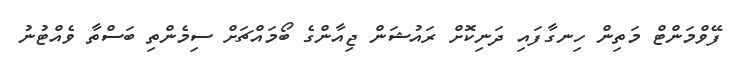
ފޭވްމަންޓް މަަތިން ހިނގާފައި ދަނިކޮށް ރައުޝަން ޖިއާންގެ ބޯމައްޗަށް ސިމެންތި ބަސްތާ ވެއްޓުނު